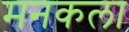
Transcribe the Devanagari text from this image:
मनकला